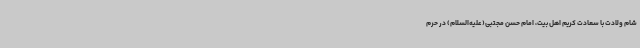
شام ولادت با سعادت کریم اهل بیت، امام حسن مجتبی(علیه‌السلام) در حرم